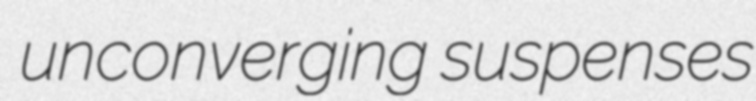
unconverging suspenses